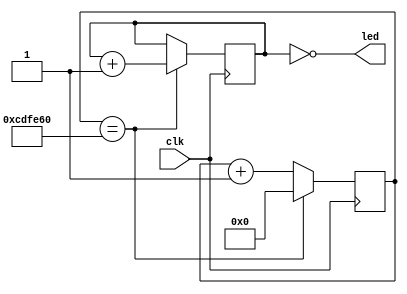
module counter
(
    input clk,
    output [5:0] led
);

localparam WAIT_TIME = 13500000;
reg [5:0] ledCounter = 0;
reg [23:0] clockCounter = 0;

always @(posedge clk) begin
    clockCounter <= clockCounter + 1;
    if (clockCounter == WAIT_TIME) begin
        clockCounter <= 0;
        ledCounter <= ledCounter + 1;
    end
end

assign led = ~ledCounter;
endmodule